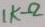
Text: 1KΩ